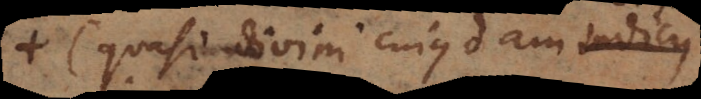
(quasi divini cujusdam consilii